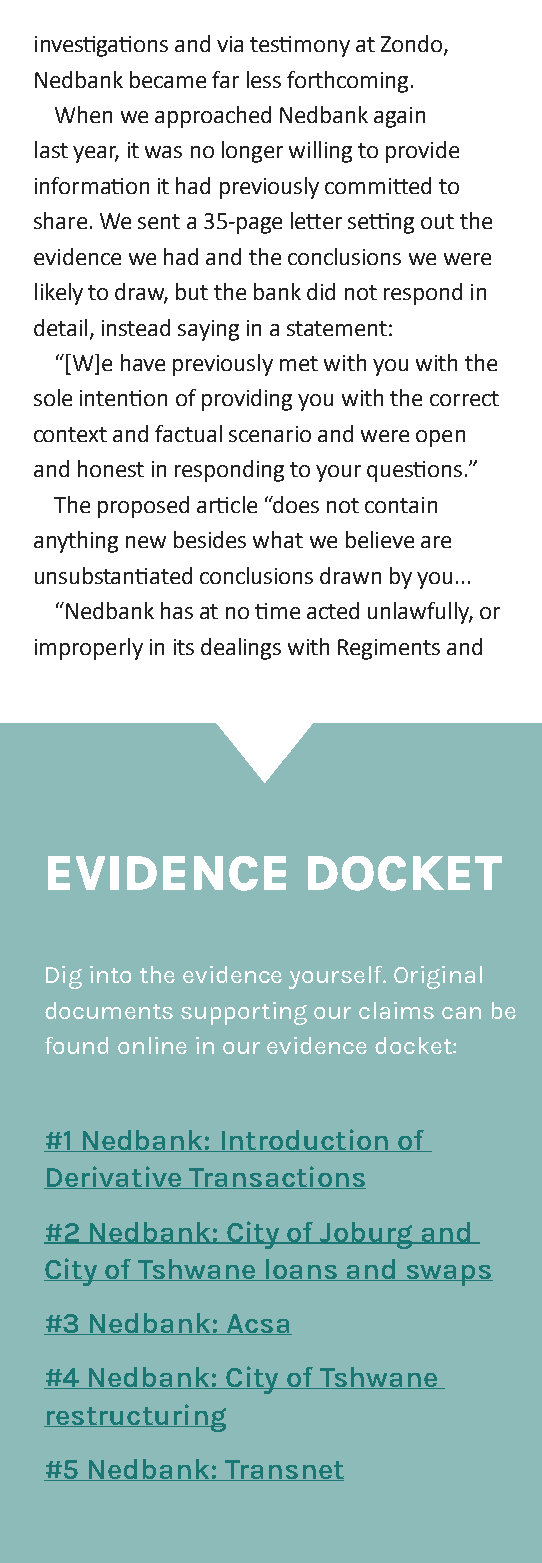
investigations and via testimony at Zondo,
 Nedbank became far less forthcoming.
 When we approached Nedbank again
 last year, it was no longer willing to provide
 information it had previously committed to
 share. We sent a 35-page letter setting out the
 evidence we had and the conclusions we were
 likely to draw, but the bank did not respond in
 detail, instead saying in a statement:
 “[W]e have previously met with you with the
 sole intention of providing you with the correct
 context and factual scenario and were open
 and honest in responding to your questions.”
 The proposed article “does not contain
 anything new besides what we believe are
 unsubstantiated conclusions drawn by you...
 “Nedbank has at no time acted unlawfully, or
 improperly in its dealings with Regiments and
 eVidence         dOckeT
 Dig into the evidence yourself. Original
 documents supporting our claims can be
 found online in our evidence docket:
 #1 Nedbank: introduction of
 Derivative Transactions
 #2 Nedbank: City of Joburg and
 City of Tshwane loans and swaps
 #3 Nedbank: Acsa
 #4 Nedbank: City of Tshwane
 restructuring
 #5 Nedbank: Transnet